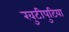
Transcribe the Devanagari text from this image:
खुटीपुटिया